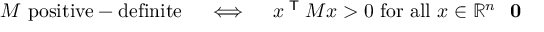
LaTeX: M { \mathrm { ~ p o s i t i v e - d e f i n i t e } } \quad \iff \quad x ^ { \textsf { T } } M x > 0 { \mathrm { ~ f o r ~ a l l ~ } } x \in \mathbb { R } ^ { n } \setminus \mathbf { 0 }